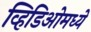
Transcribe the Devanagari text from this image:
व्हिडिओमध्ये